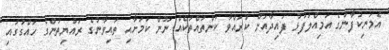
އެމަނިކުފާނުގެ އަމިއްލަފުޅު ފައިދާއަށް ކުރައްވާ ކަންތައްތަކެއް ނޫން ކަމަށާއި ތައިވާނުގެ ރައްޔިތުންގެ ހައްގުގައި